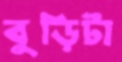
বুড়িটা